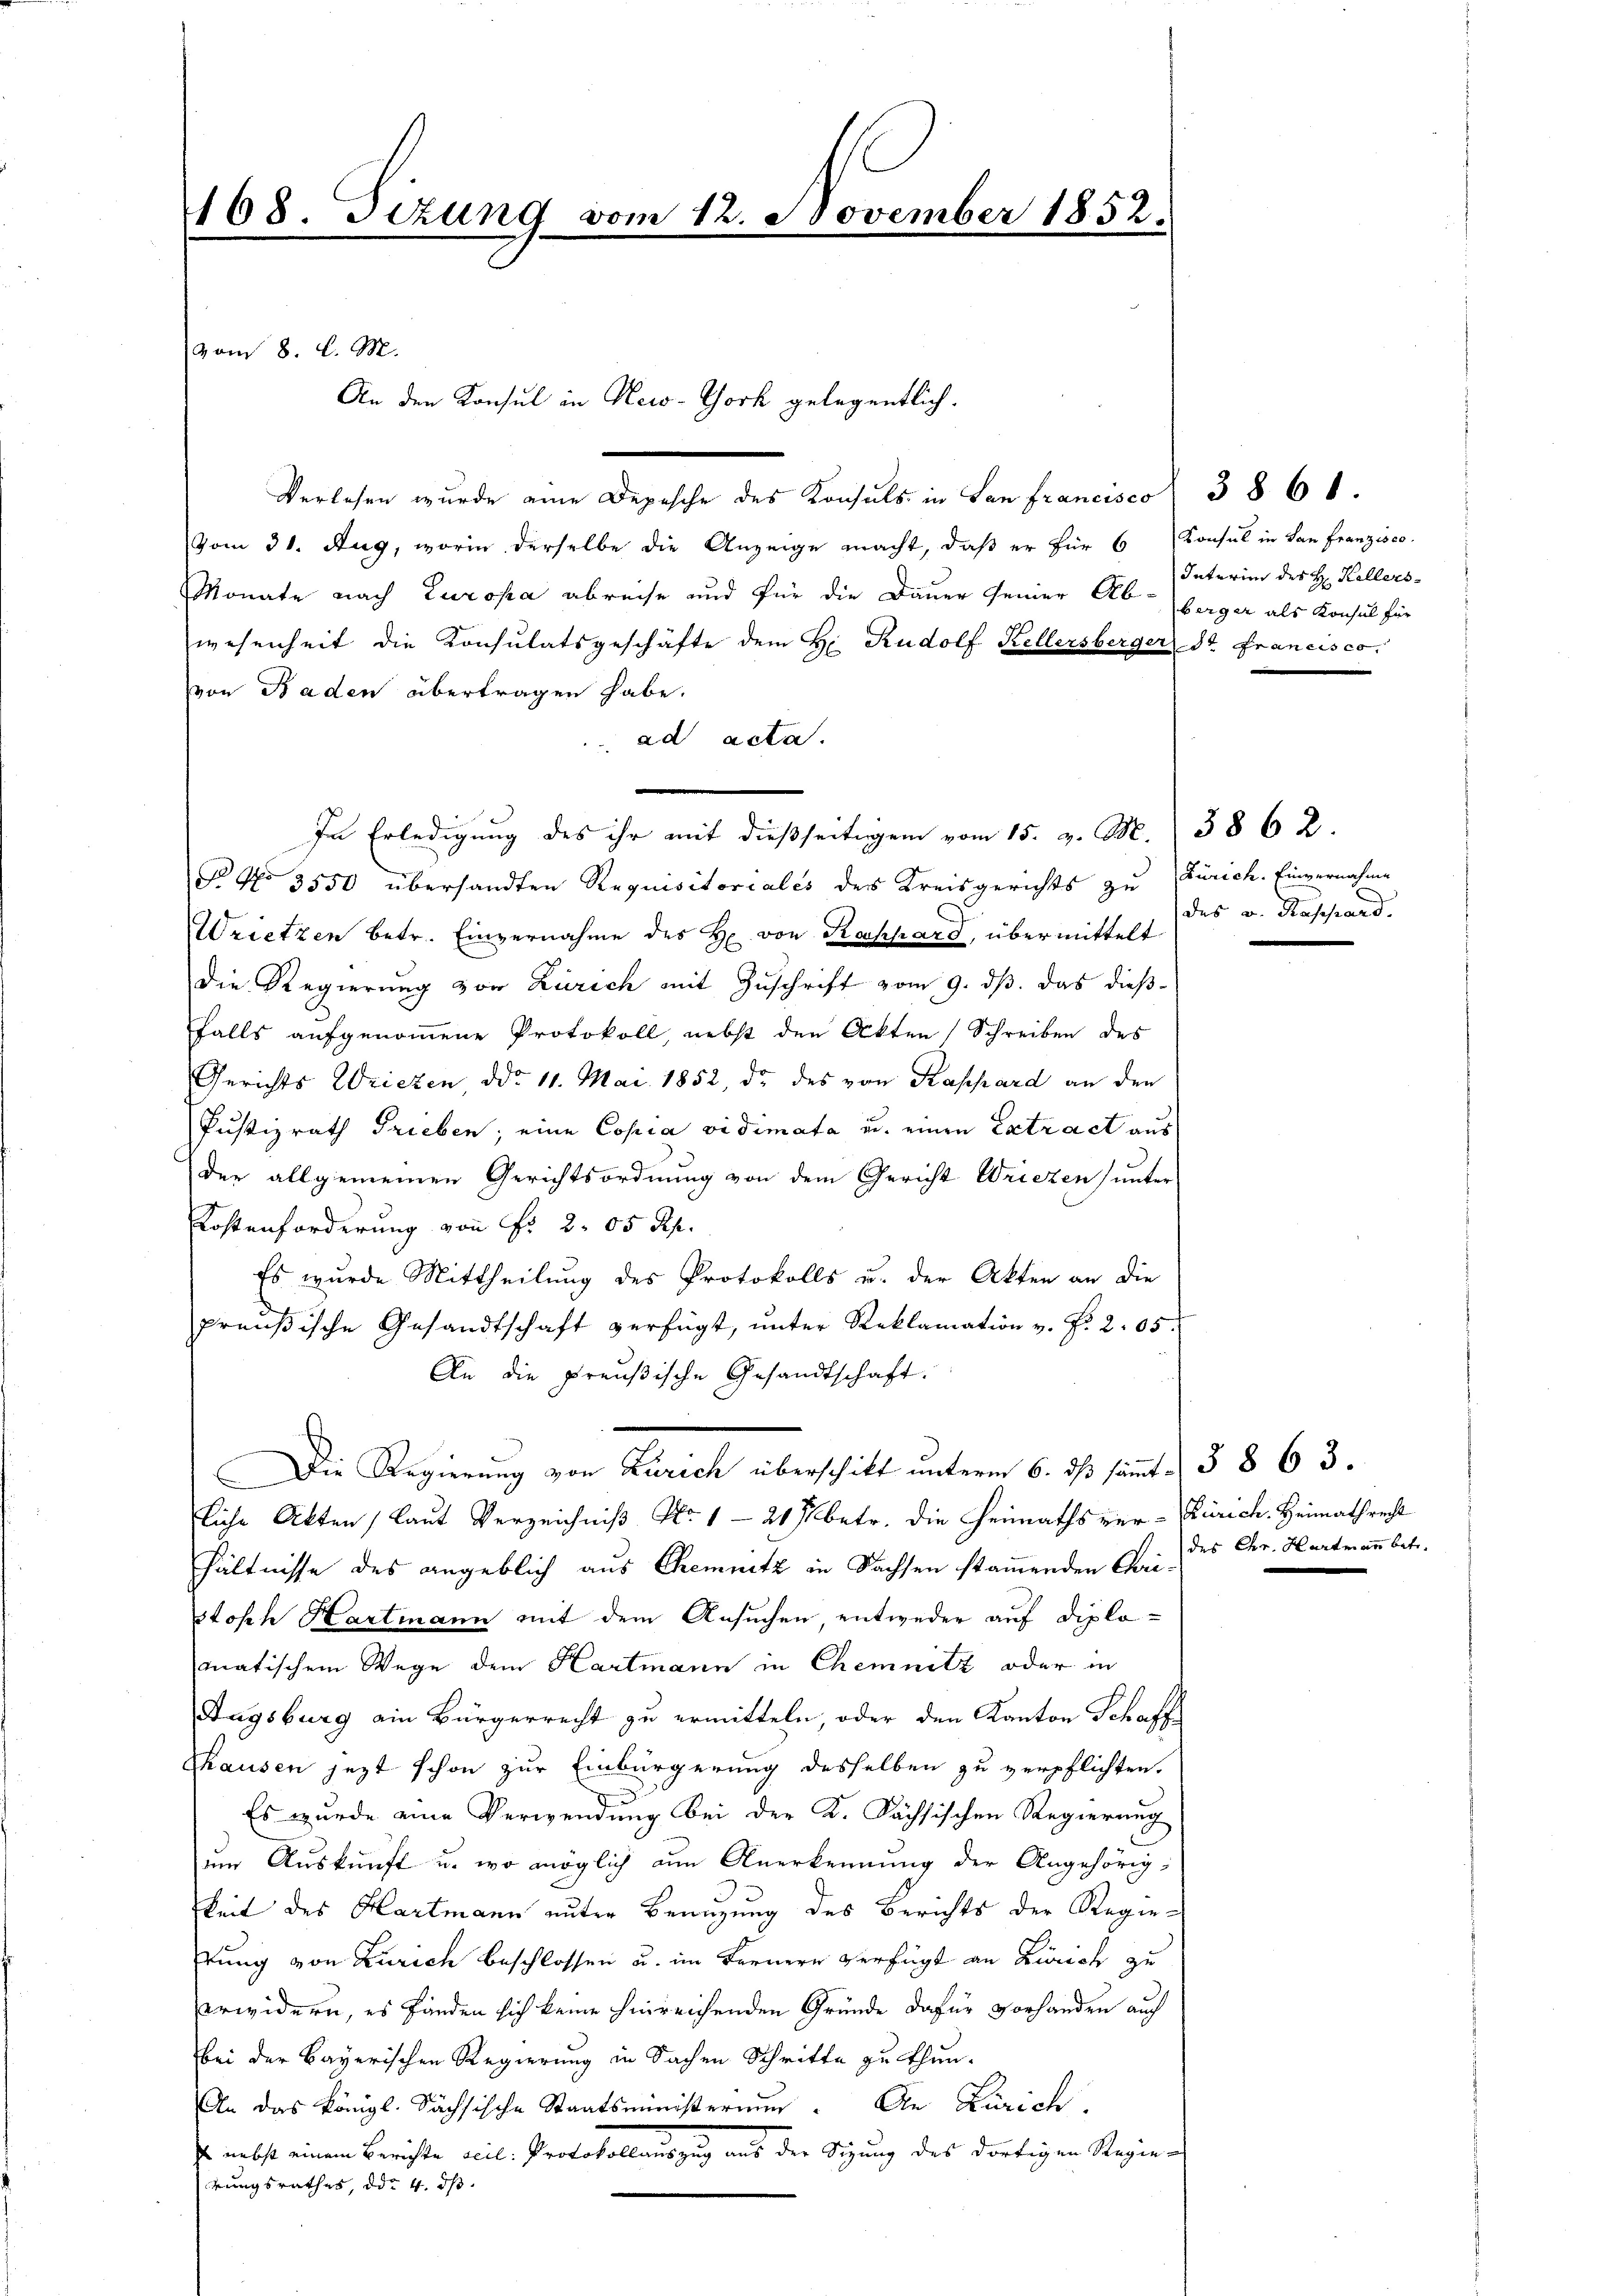
168. Tizung vom 12. November 1852.
.

vom 8. d. M.
Verlesen wurde eine Depesche des Konsuls in San francisco
vom 31. Aug, worin derselbe die Anzeige macht, daβ er für 6 Konsul in San Franzisco
Monate nach Europa abreise und für die Dauer seiner Ab-berger als Konsul für
wesenheit die Konsulatsgeschäfte dem H. Rudolf Kellersberger dr. Francisco,
von Baden übertragen habe.
ad acta.
In Erledigung des ihr mit dießseitigem vom 15. v. M.
§ No 3550 übersandten Requisitoriales des Kreisgerichts zu Zürich. Einvernahme
Wrietzen betr. Einvernahme des H. von Rockhard, übermittelt
die Regierung von Zürich mit Zuschrift vom 9. ds. das dießfalls aufgenommene Protokoll, nebst den Akten Schreiben des
Gerichts Wrieten ddo 11. Mai 1852, de des von Kassard an den
Justizrath Trieben; eine Copia vidimata u. einen Extract aus
der allgemeinen Gerichtsordnung von dem Gericht Wriezen) unter
Kostenforderung von Fr. 2. 05 Rp.
Es wurde Mittheilung des Protokolls u. der Akten an die
preußische Gesandtschaft verfügt, ŭnter Reklamation v. P. 2. 05.
An die Preußische Gesandtschaft.
Die Regierung von Zürich überschikt unterm 6. ds sämt. 3 § 63.
tliche Akten, laut Verzeichniß No 1-21 betr. die Heimaths ver-Zürich, Heimathrecht
hältnisse des angeblich aus Chemnitz in Sachsen stammenden Christoph Hartmann mit dem Ansuchen, entweder auf diplomatischem Wege dem Hartmann in Chemnitz oder in
Zugsburg ein Bürgerrecht zu ermitteln, oder den Kanton Schaff
Thausen jezt schon zur Einbürgerung desselben zu verpflichten.
Es wurde eine Verwendung bei der K. Sächsischen Regierung
em Auskunft u. wo möglich an Anerkennung der Angehörig,
gkeit des Hartmann unter Beanzung des Berichts der Regietung von Zürich beschlossen u. im Fernere verfügt an Zürich zu
erwidern, es fänden sich keine hinreichenden Gründe dafür vorhanden auch
bei der Bayerischen Regierung in Sachen Schritte zu thun.
An das Königl. Sächsische Staatsministerium. An Zürich,
E. nebst einem Berichte veil. Protokollauszug aus der Sitzung des dortigen Regier
rungsrathes, ddr 4. ds.

An den Konsul in New-York gelegentlich.

Interin des H: Kellers

3862.
des v. Rappard.

38 61

des Chr. Hartmann betr.